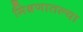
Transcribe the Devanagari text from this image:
मिश्रणातल्या